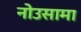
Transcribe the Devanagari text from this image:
नोउसामा